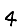
Digit: 4